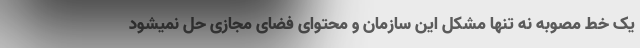
یک خط مصوبه نه تنها مشکل این سازمان و محتوای فضای مجازی حل نمیشود